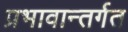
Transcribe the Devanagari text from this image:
प्रभावान्तर्गत